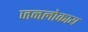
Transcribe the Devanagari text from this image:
जनलोकाय